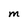
Character: M